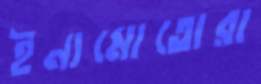
ইনামোতোরা